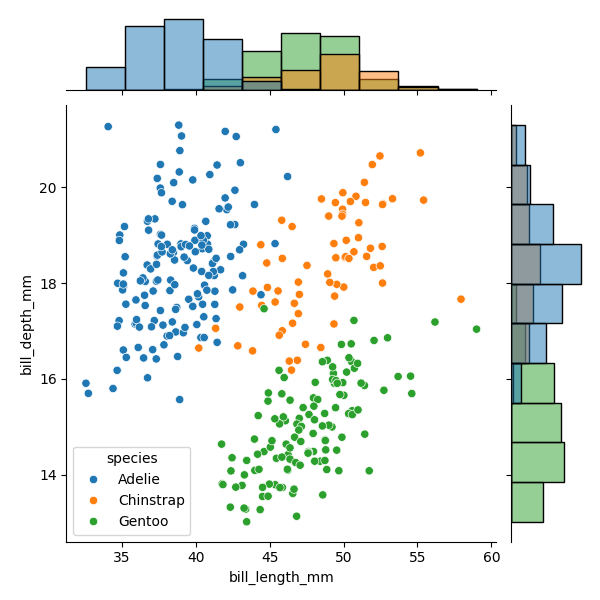
python, seaborn, JointGrid, scatterplot, histplot, hue